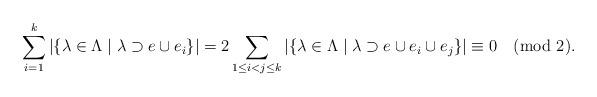
LaTeX: \begin{align*}\sum_{i=1}^{k}|\{\lambda\in\Lambda\mid\lambda\supset e\cup e_{i}\}|=2\sum_{1\leq i<j\leq k}|\{\lambda\in\Lambda\mid\lambda\supset e\cup e_{i}\cup e_{j}\}|\equiv 0\pmod 2.\end{align*}